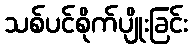
သစ်ပင်စိုက်ပျိုးခြင်း